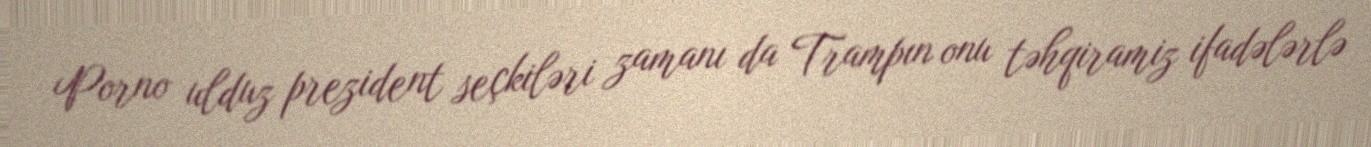
Porno ulduz prezident seçkiləri zamanı da Trampın onu təhqiramiz ifadələrlə